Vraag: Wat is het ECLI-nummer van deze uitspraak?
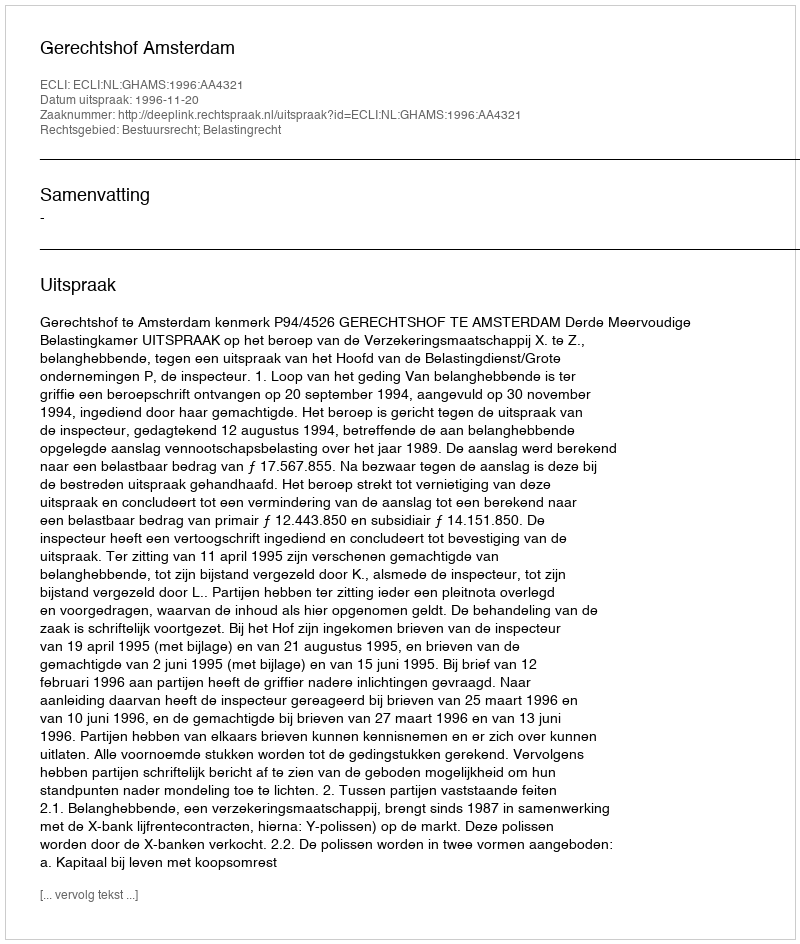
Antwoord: ECLI:NL:GHAMS:1996:AA4321